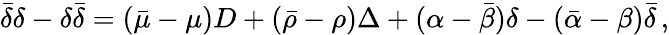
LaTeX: {\bar{\delta}}\delta-\delta{\bar{\delta}}=({\bar{\mu}}-\mu)D+({\bar{\rho}}-\rho)\Delta+(\alpha-{\bar{\beta}})\delta-({\bar{\alpha}}-\beta){\bar{\delta}}\, ,